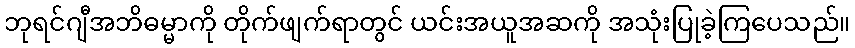
ဘုရင်ဂျီအဘိဓမ္မာကို တိုက်ဖျက်ရာတွင် ယင်းအယူအဆကို အသုံးပြုခဲ့ကြပေသည်။